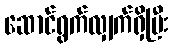
ဆောင်ရွက်လျှက်ရှိပြီး